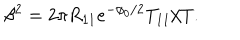
LaTeX: \beta ^ { 2 } = 2 \pi R _ { 1 1 } e ^ { - \phi _ { 0 } / 2 } T _ { 1 1 } / T .